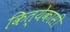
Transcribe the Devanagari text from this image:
कित्येकासी